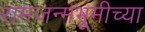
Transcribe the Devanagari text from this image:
रामजन्मभूमीच्या